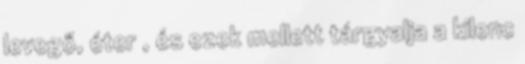
levegő, éter , és ezek mellett tárgyalja a kilenc